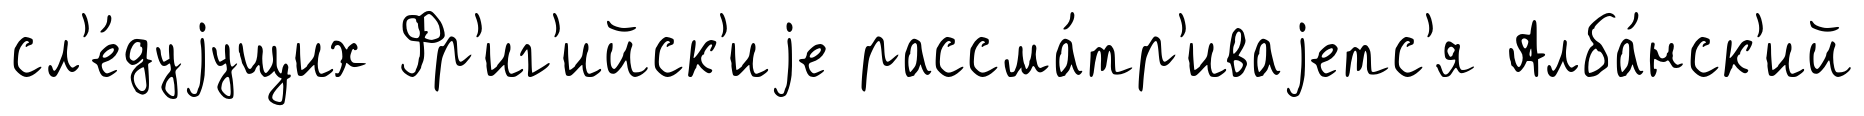
сл'е́дуjущих Фр'иг'ийск'иjе рассма́тр'иваjетс'я Алба́нск'ий